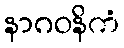
နာဂဝနိကံ